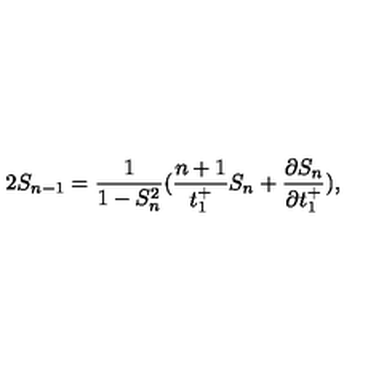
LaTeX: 2 S _ { n - 1 } = \frac { 1 } { 1 - S _ { n } ^ { 2 } } ( \frac { n + 1 } { t _ { 1 } ^ { + } } S _ { n } + \frac { \partial S _ { n } } { \partial t _ { 1 } ^ { + } } ) ,